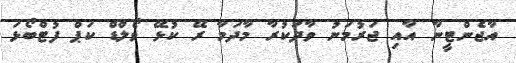
އާޖެންޓީނާ އާއި ޖަރުމަނު ވާދަކުރާ މާދަމާ ރޭ ކުޅޭ ވޯލްޑް ކަޕް ފުޓްބޯޅަ